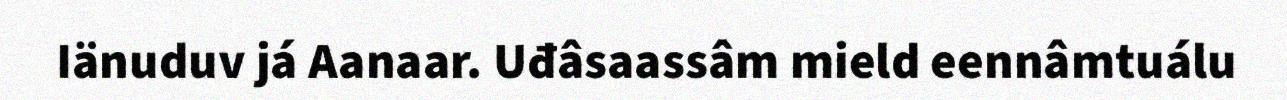
Iänuduv já Aanaar. Uđâsaassâm mield eennâmtuálu